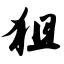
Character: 狙